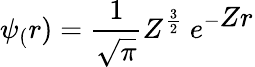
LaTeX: \psi_{(}r)={\frac{1}{\sqrt{\pi}}}Z^{\frac{3}{2}}\ e^{-{\textstyle Zr}}